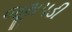
જૂથપડી